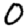
Digit: 0